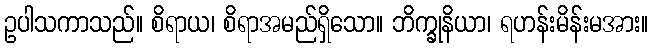
ဥပါသကာသည်။ စိရာယ၊ စိရာအမည်ရှိသော။ ဘိက္ခုနိယာ၊ ရဟန်းမိန်းမအား။